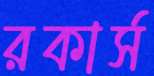
রকার্স